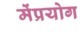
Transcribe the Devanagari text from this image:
मेंप्रयोग